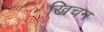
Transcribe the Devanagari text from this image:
ख्रिचन